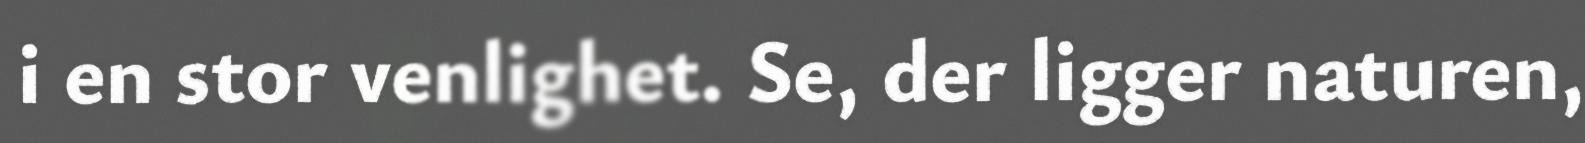
i en stor venlighet. Se, der ligger naturen,